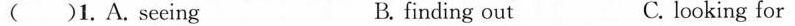
( )1. A. seeing B. finding out C. looking for